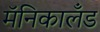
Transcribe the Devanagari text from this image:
मॅनिकालँड